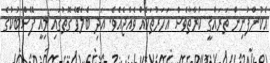
އެކުންފުނިން ތަރައްޤީ ކުރާތާވެސް އަހަރުތަކެއް ވެއްޖެއެވެ. އަދި ބެލެވޭ ގޮތުގައި މިއީ ފޭސްބުކުގެ